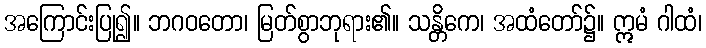
အကြောင်းပြု၍။ ဘဂဝတော၊ မြတ်စွာဘုရား၏။ သန္တိကေ၊ အထံတော်၌။ ဣမံ ဂါထံ၊